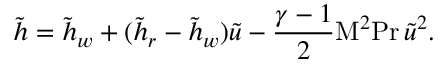
{ \tilde { h } } = { \tilde { h } } _ { w } + ( { \tilde { h } } _ { r } - { \tilde { h } } _ { w } ) { \tilde { u } } - { \frac { \gamma - 1 } { 2 } } \mathrm { M } ^ { 2 } \mathrm { P r } \, { \tilde { u } } ^ { 2 } .